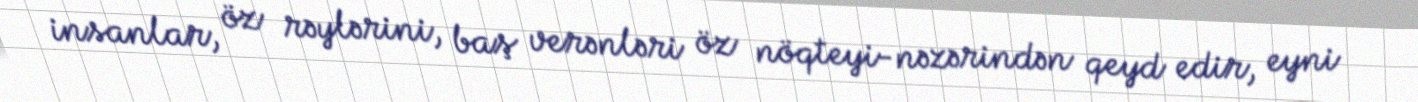
insanlar, öz rəylərini, baş verənləri öz nöqteyi-nəzərindən qeyd edir, eyni